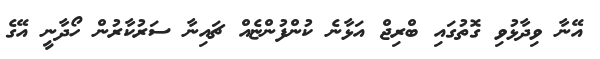
އޭނާ ވިދާޅުވި ގޮތުގައި ބްރިޖް އަޅާނެ ކުންފުންޏެއް ޗައިނާ ސަރުކާރުން ހޯދާނީ އޭގެ